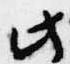
此